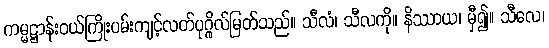
ကမ္မဋ္ဌာန်းဝယ်ကြိုးပမ်းကျင့်လတ်ပုဂ္ဂိုလ်မြတ်သည်။ သီလံ၊ သီလကို။ နိဿာယ၊ မှီ၍။ သီလေ၊